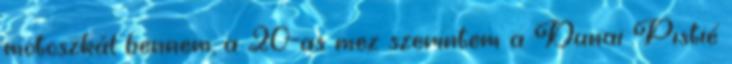
motoszkál bennem, a 20-as mez szerintem a Dunai Pistié